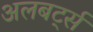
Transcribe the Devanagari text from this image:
अलबर्ट्स